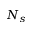
N _ { s }